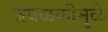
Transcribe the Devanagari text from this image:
जवळकीमुळे